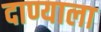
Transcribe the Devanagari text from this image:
दाण्याला